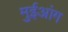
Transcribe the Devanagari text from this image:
मुईआंग